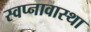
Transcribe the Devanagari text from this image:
स्वप्नावास्था